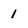
Character: 1